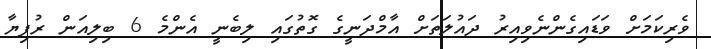
ވެރިކަމަށް ވަޑައިގެންނެވިއިރު ދައުލަތަށް އާމްދަނީގެ ގޮތުގައި ލިބެނީ އެންމެ 6 ބިލިއަން ރުފިޔާ